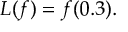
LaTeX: L ( f ) = f ( 0 . 3 ) { \mathrm { . } }